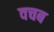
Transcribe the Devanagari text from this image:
वचब